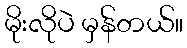
မိုးလိုပဲ မှန်တယ်။